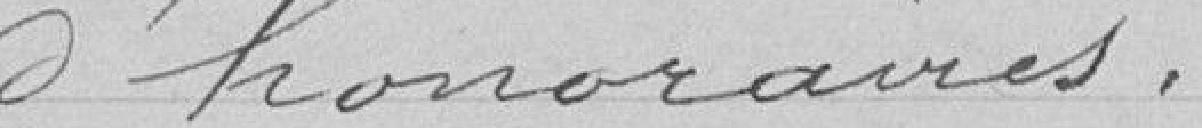
d'honoraires.